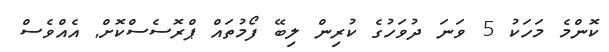
ކޮންމެ މަހަކު 5 ވަނަ ދުވަހުގެ ކުރިން ލިބޭ ފޯމުތައް ޕްރޮސެސްކޮށް